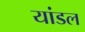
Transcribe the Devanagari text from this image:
यांडल